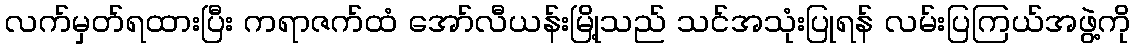
လက်မှတ်ရထားပြီး ကရာဇက်ထံ အော်လီယန်းမြို့သည် သင်အသုံးပြုရန် လမ်းပြကြယ်အဖွဲ့ကို